Report by Surgeon-Major Lyons, I.M.S., President of the Plague Research Committee - Part I
Disease focus: Plague
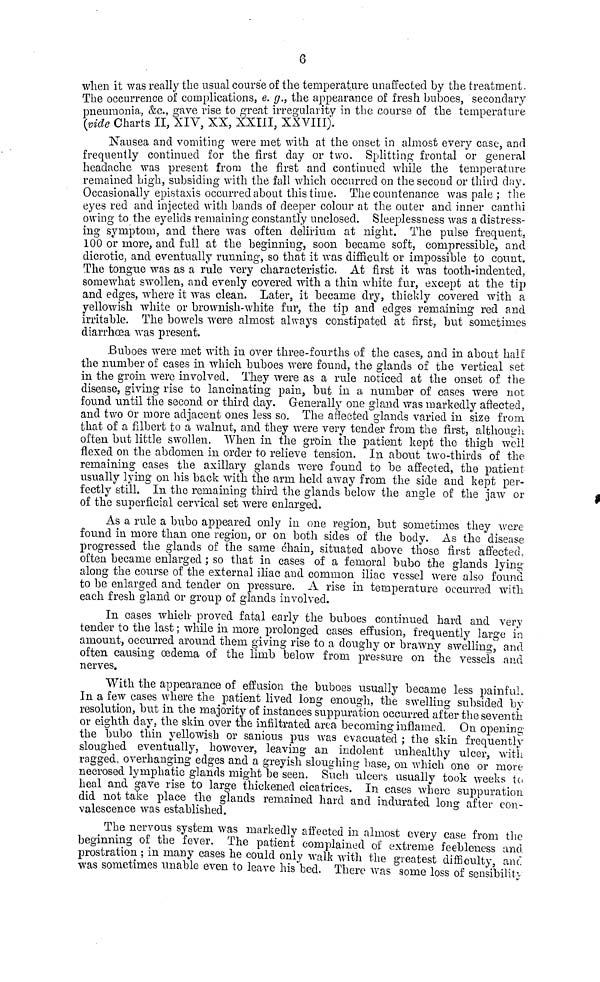
6
when it was really the usual course of the temperature unaffected by the treatment.
The occurrence of complications, e. g., the appearance of fresh buboes, secondary
pneumonia, &c, gave rise to great irregularity in the course of the temperature
(vide Charts II, XIV, XX, XXIII, XXVIII).
Nausea and vomiting were met with at the onset in almost every case, and
frequently continued for the first day or two. Splitting frontal or general
headache was present from the first and continued while the temperature
remained high, subsiding with the fall which occurred on the second or third day.
Occasionally epistaxis occurred about this time. The countenance was pale ; the
eyes red and injected with bands of deeper colour at the outer and inner canthi
owing to the eyelids remaining constantly unclosed. Sleeplessness was a distress-
ing symptom, and there was often delirium at night. The pulse frequent,
100 or more, and full at the beginning, soon became soft, compressible, and
dicrotic, and eventually running, so that it was difficult or impossible to count.
The tongue was as a rule very characteristic. At first it was tooth-indented,
somewhat swollen, and evenly covered with a thin white fur, except at the tip
and edges, where it was clean. Later, it became dry, thickly covered with a
yellowish white or brownish-white fur, the tip and edges remaining red and
irritable. The bowels were almost always constipated at first, but sometimes
diarrhoea was present.
Buboes were met with in over three-fourths of the cases, and m about halt
the number of cases in which buboes were found, the glands of the vertical set
in the groin were involved. They were as a rule noticed at the onset of the
disease, giving rise to lancinating pain, but in a number of cases were not
found until the second or third day. Generally one gland was markedly aftected,
and two or more adjacent ones less so. The affected glands varied in size from
that of a filbert to a walnut, and they were very tender from the first, although
often but little swollen. When in the groin the patient kept the thigh well
flexed on the abdomen in order to relieve tension. In about two-thirds of the
remaining cases the axillary glands were found to be affected, the patient
usually lying on his back with the arm held away from the side and kept per-
fectly still. In the remaining third the glands below the angle of the jaw or
of the superficial cervical set were enlarged.
As a rule a bubo appeared only in one region, but sometimes they were
found in more than one region, or on both sides of the body. As the disease
progressed the glands of the same chain, situated above those first affected
often became enlarged ; so that in cases of a femoral bubo the glands lying
along the course of the external iliac and common iliac vessel were also found
to be enlarged and tender on pressure. A rise in temperature occurred with
each fresh gland or group of glands involved.
In cases which proved fatal early the buboes continued hard and very
tender to the last ; while in more prolonged cases effusion, frequently large in
amount, occurred around them giving rise to a doughy or brawny swelling, and
often causing oedema of the limb below from pressure on the vessels and
nerves.
With the appearance of effusion the buboes usually became less painful,
In a few cases where the patient lived long enough, the swelling subsided by-
resolution, but in the majority of instances suppuration occurred after the seventh
or eighth day, the skin over the infiltrated area becoming inflamed. On opening
the bubo thin yellowish or sanious pus was evacuated ; the skin frequently
sloughed eventually, however, leaving an indolent unhealthy ulcer, with
ragged, overhanging edges and a greyish sloughing base, on which one or more
necrosed lymphatic glands might be seen. Such ulcers usually took weeks to
heal and gave rise to large thickened cicatrices. In cases where suppuration
did not take place the glands remained hard and indurated long after con-
valescence was established.
The nervous system was markedly affected in almost every case from the
beginning of the fever. The patient complained of extreme feebleness and
prostration ; m many cases he could only walk with the greatest difficulty and
was sometimes unable even to leave his bed. There was some loss of sensibility